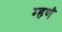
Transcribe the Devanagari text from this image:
म्हणं